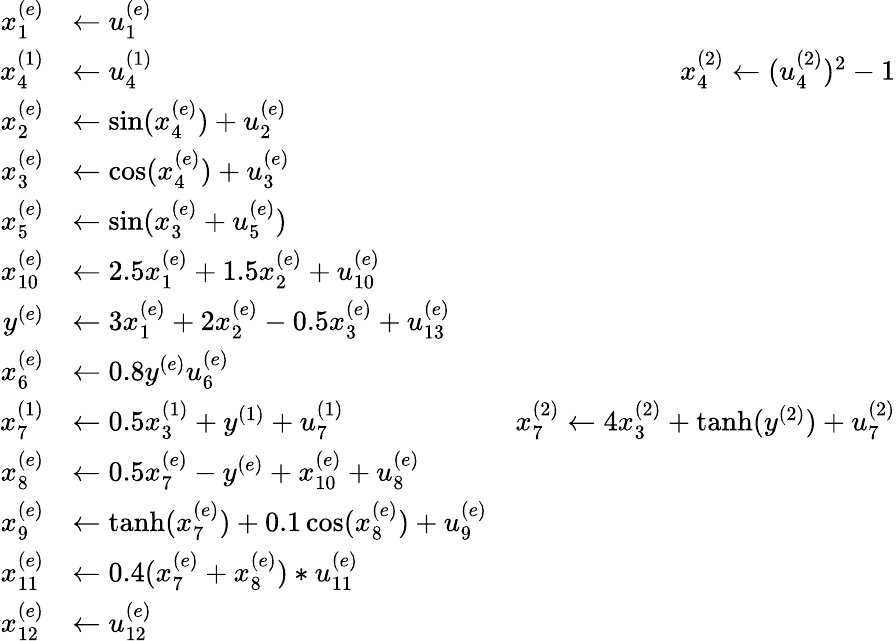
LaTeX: \begin{array}{rlr}{x_{1}^{(e)}}&{\gets u_{1}^{(e)}}\\ {x_{4}^{(1)}}&{\gets u_{4}^{(1)}\qquad\qquad\qquad\qquad}&{x_{4}^{(2)}\gets(u_{4}^{(2)})^{2}-1}\\ {x_{2}^{(e)}}&{\gets\sin(x_{4}^{(e)})+u_{2}^{(e)}}\\ {x_{3}^{(e)}}&{\gets\cos(x_{4}^{(e)})+u_{3}^{(e)}}\\ {x_{5}^{(e)}}&{\gets\sin(x_{3}^{(e)}+u_{5}^{(e)})}\\ {x_{10}^{(e)}}&{\gets 2.5x_{1}^{(e)}+1.5x_{2}^{(e)}+u_{10}^{(e)}}\\ {y^{(e)}}&{\gets 3x_{1}^{(e)}+2x_{2}^{(e)}-0.5x_{3}^{(e)}+u_{13}^{(e)}}\\ {x_{6}^{(e)}}&{\gets 0.8y^{(e)}u_{6}^{(e)}}\\ {x_{7}^{(1)}}&{\gets 0.5x_{3}^{(1)}+y^{(1)}+u_{7}^{(1)}}&{x_{7}^{(2)}\gets 4x_{3}^{(2)}+\operatorname{tanh}(y^{(2)})+u_{7}^{(2)}}\\ {x_{8}^{(e)}}&{\gets 0.5x_{7}^{(e)}-y^{(e)}+x_{10}^{(e)}+u_{8}^{(e)}}\\ {x_{9}^{(e)}}&{\gets\operatorname{tanh}(x_{7}^{(e)})+0.1\cos(x_{8}^{(e)})+u_{9}^{(e)}}\\ {x_{11}^{(e)}}&{\gets 0.4(x_{7}^{(e)}+x_{8}^{(e)})*u_{11}^{(e)}}\\ {x_{12}^{(e)}}&{\gets u_{12}^{(e)}}\end{array}